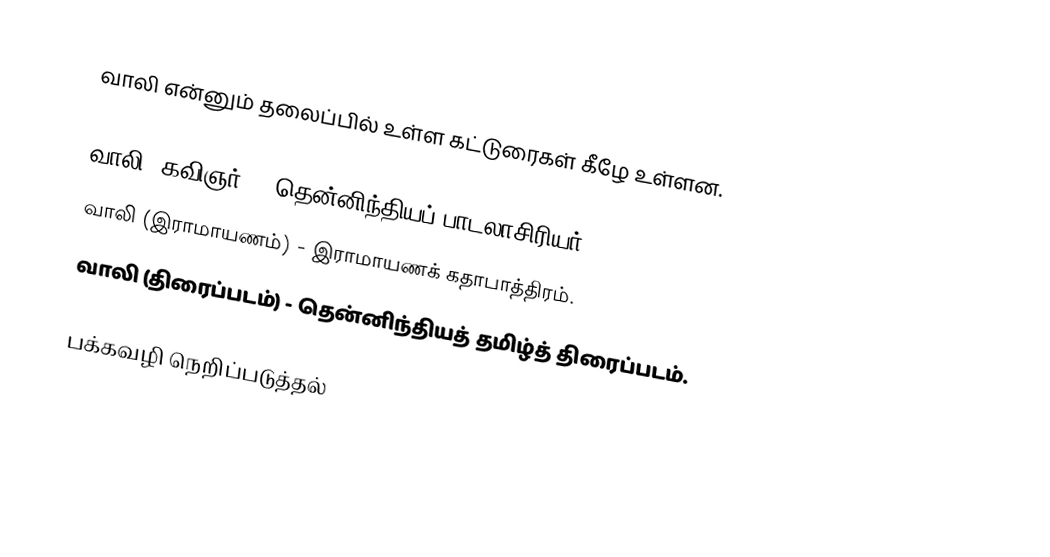
வாலி என்னும் தலைப்பில் உள்ள கட்டுரைகள் கீழே உள்ளன.

வாலி (கவிஞர்) - தென்னிந்தியப் பாடலாசிரியர்.
வாலி (இராமாயணம்) - இராமாயணக் கதாபாத்திரம்.
வாலி (திரைப்படம்) - தென்னிந்தியத் தமிழ்த் திரைப்படம்.

பக்கவழி நெறிப்படுத்தல்